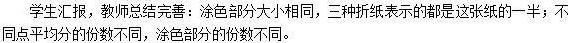
学生汇报，教师总结完善：涂色部分大小相同，三种折纸表示的都是这张纸的一半；同点平均分的份数不同，涂色部分的份数不同。